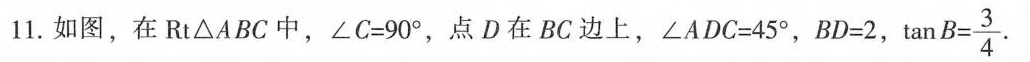
11.如图，在Rt△ABC中，∠C=90°，点D在BC边上，∠ADC=45°，BD=2， $$\tan B= \frac{3}{4}$$